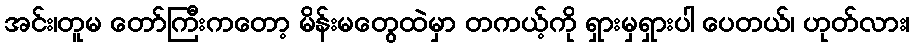
အင်း၊တူမ တော်ကြီးကတော့ မိန်းမတွေထဲမှာ တကယ့်ကို ရှားမှရှားပါ ပေတယ်၊ ဟုတ်လား၊